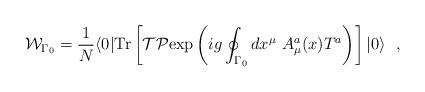
LaTeX: \begin{align*}{\cal W}_{\Gamma{_0}}= {1\over N} \langle 0| {\rm Tr}\left[ {\cal T}{\cal P}{\rm exp} \left( ig \oint_{\Gamma{_0}} dx^\mu \ A^a_\mu (x) T^a \right)\right]|0\rangle \ \ ,\end{align*}